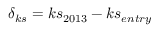
\delta _ { k s } = k s _ { 2 0 1 3 } - k s _ { e n t r y }